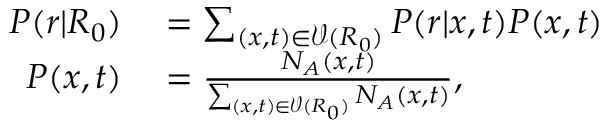
\begin{array} { r l } { P ( r | R _ { 0 } ) } & { { } = \sum _ { ( x , t ) \in \mathcal { V } ( R _ { 0 } ) } P ( r | x , t ) P ( x , t ) } \\ { P ( x , t ) } & { { } = \frac { N _ { A } ( x , t ) } { \sum _ { ( x , t ) \in \mathcal { V } ( R _ { 0 } ) } N _ { A } ( x , t ) } , } \end{array}